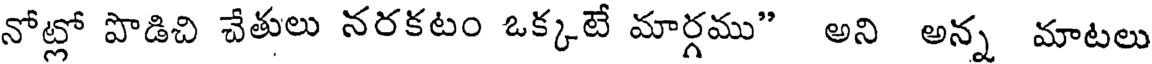
నోట్లో పొడిచి చేతులు నరకటం ఒక్కటే మార్గము" అని అన్న మాటలు